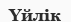
Үйлік